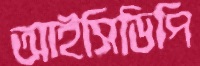
আইসিডিপি